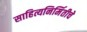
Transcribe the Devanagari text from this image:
साहित्यनिर्मितीचे